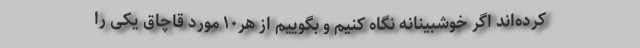
کرده‌اند اگر خوشبینانه نگاه کنیم و بگوییم از هر۱۰ مورد قاچاق یکی را